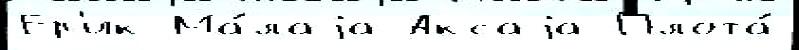
Ер'ик Ма́лаjа Аксаjа Плота́